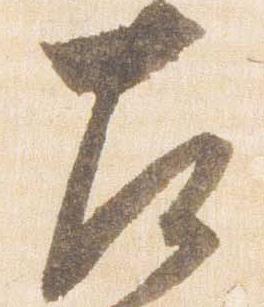
左